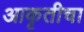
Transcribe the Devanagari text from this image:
आकृतीचा